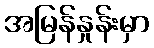
အမြန်နှုန်းမှာ